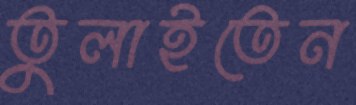
তুলাইতেন